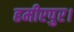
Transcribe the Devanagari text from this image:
हमीरपुर।